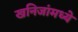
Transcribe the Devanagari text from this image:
खनिजांमध्ये